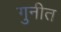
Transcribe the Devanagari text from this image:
गुनीत